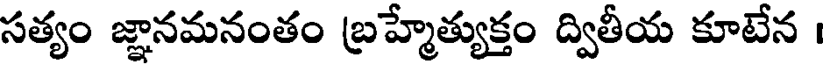
సత్యం జ్ఞానమనంతం బ్రహ్మేత్యుక్తం ద్వితీయ కూటేన ।